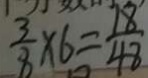
\frac { 3 } { 8 } \times 6 = \frac { 1 8 } { 4 8 }